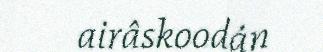
airâskoodán